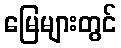
မြေများတွင်